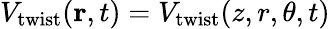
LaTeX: V_{\mathrm{{twist}}}(\mathbf{r},t)=V_{\mathrm{{twist}}}(z,r,\theta,t)